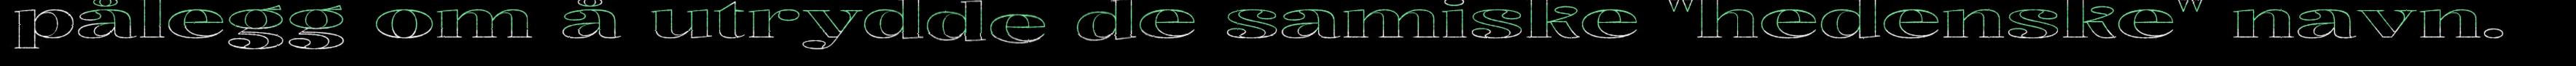
pålegg om å utrydde de samiske "hedenske" navn.